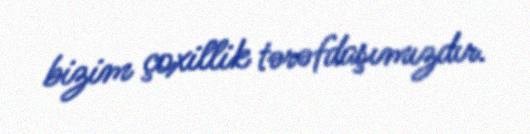
bizim çoxillik tərəfdaşımızdır.